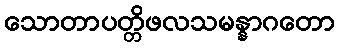
သောတာပတ္တိဖလသမန္နာဂတော